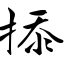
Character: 掭